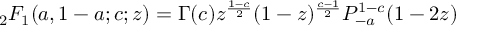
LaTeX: { } _ { 2 } F _ { 1 } ( a , 1 - a ; c ; z ) = \Gamma ( c ) z ^ { \frac { 1 - c } { 2 } } ( 1 - z ) ^ { \frac { c - 1 } { 2 } } P _ { - a } ^ { 1 - c } ( 1 - 2 z )